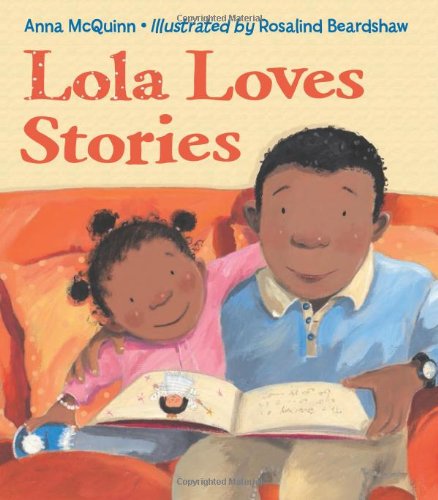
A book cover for Lola Loves Stories; Anna McQuinn; Children's Books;